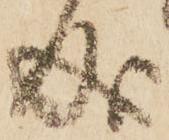
成